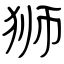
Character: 狮